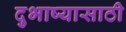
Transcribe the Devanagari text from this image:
दुभाष्यासाठी